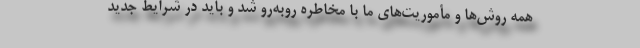
همه روش‌ها و مأموریت‌های ما با مخاطره روبه‌رو شد و باید در شرایط جدید